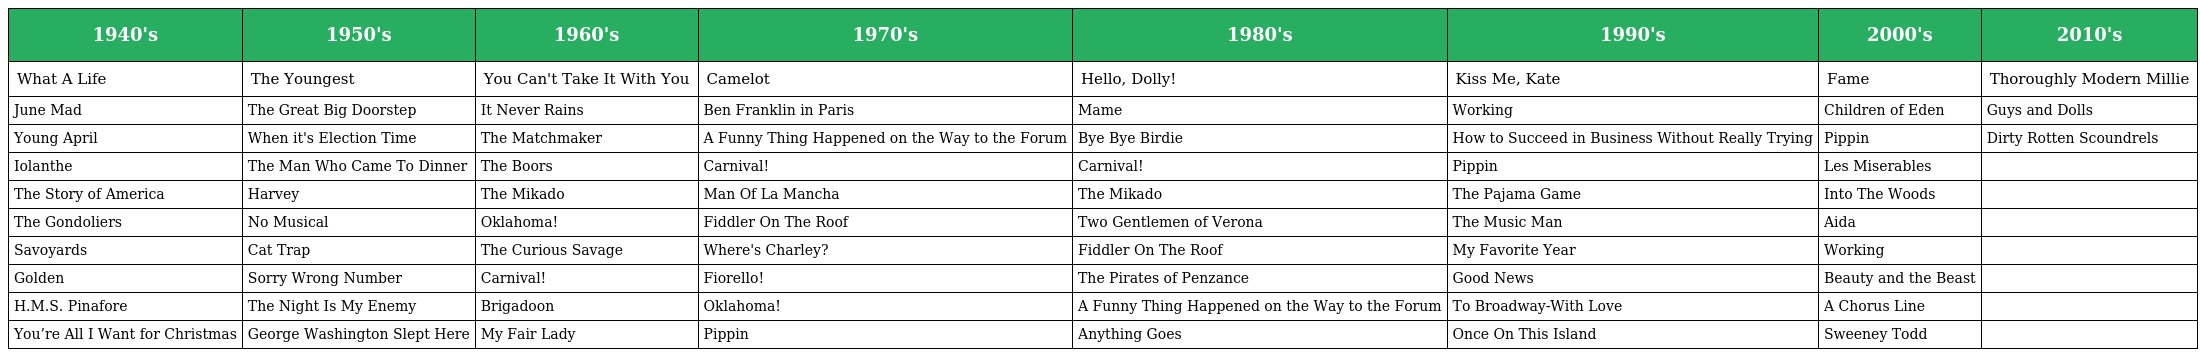
| 1940's | 1950's | 1960's | 1970's | 1980's | 1990's | 2000's | 2010's |
 | --- | --- | --- | --- | --- | --- | --- | --- |
 | What A Life | The Youngest | You Can't Take It With You | Camelot | Hello, Dolly! | Kiss Me, Kate | Fame | Thoroughly Modern Millie |
 | June Mad | The Great Big Doorstep | It Never Rains | Ben Franklin in Paris | Mame | Working | Children of Eden | Guys and Dolls |
 | Young April | When it's Election Time | The Matchmaker | A Funny Thing Happened on the Way to the Forum | Bye Bye Birdie | How to Succeed in Business Without Really Trying | Pippin | Dirty Rotten Scoundrels |
 | Iolanthe | The Man Who Came To Dinner | The Boors | Carnival! | Carnival! | Pippin | Les Miserables |  |
 | The Story of America | Harvey | The Mikado | Man Of La Mancha | The Mikado | The Pajama Game | Into The Woods |  |
 | The Gondoliers | No Musical | Oklahoma! | Fiddler On The Roof | Two Gentlemen of Verona | The Music Man | Aida |  |
 | Savoyards | Cat Trap | The Curious Savage | Where's Charley? | Fiddler On The Roof | My Favorite Year | Working |  |
 | Golden | Sorry Wrong Number | Carnival! | Fiorello! | The Pirates of Penzance | Good News | Beauty and the Beast |  |
 | H.M.S. Pinafore | The Night Is My Enemy | Brigadoon | Oklahoma! | A Funny Thing Happened on the Way to the Forum | To Broadway-With Love | A Chorus Line |  |
 | You’re All I Want for Christmas | George Washington Slept Here | My Fair Lady | Pippin | Anything Goes | Once On This Island | Sweeney Todd |  |